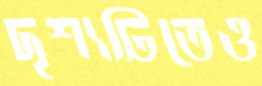
দৃশ্যটিতেও